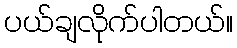
ပယ်ချလိုက်ပါတယ်။